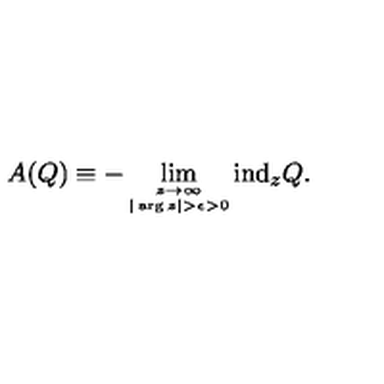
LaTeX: A ( Q ) \equiv - \lim _ { \stackrel { z \rightarrow \infty } { \scriptscriptstyle | \arg z | > \epsilon > 0 } } \mathrm { i n d } _ { z } Q .